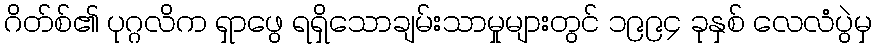
ဂိတ်စ်၏ ပုဂ္ဂလိက ရှာဖွေ ရရှိသောချမ်းသာမှုများတွင် ၁၉၉၄ ခုနှစ် လေလံပွဲမှ